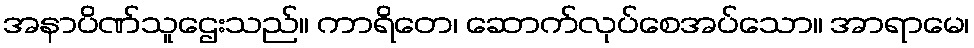
အနာပိဏ်သူဌေးသည်။ ကာရိတေ၊ ဆောက်လုပ်စေအပ်သော။ အာရာမေ၊